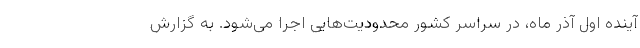
آینده اول آذر ماه، در سراسر کشور محدودیت‌هایی اجرا می‌شود. به گزارش